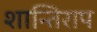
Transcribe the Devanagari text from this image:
शान्तिराप